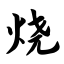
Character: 烧